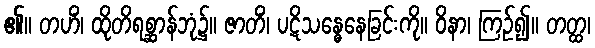
၏။ တဟိံ၊ ထိုတိရစ္ဆာန်ဘုံ၌။ ဇာတိံ၊ ပဋိသန္ဓေနေခြင်းကို။ ဝိနာ၊ ကြဉ်၍။ တတ္ထ၊